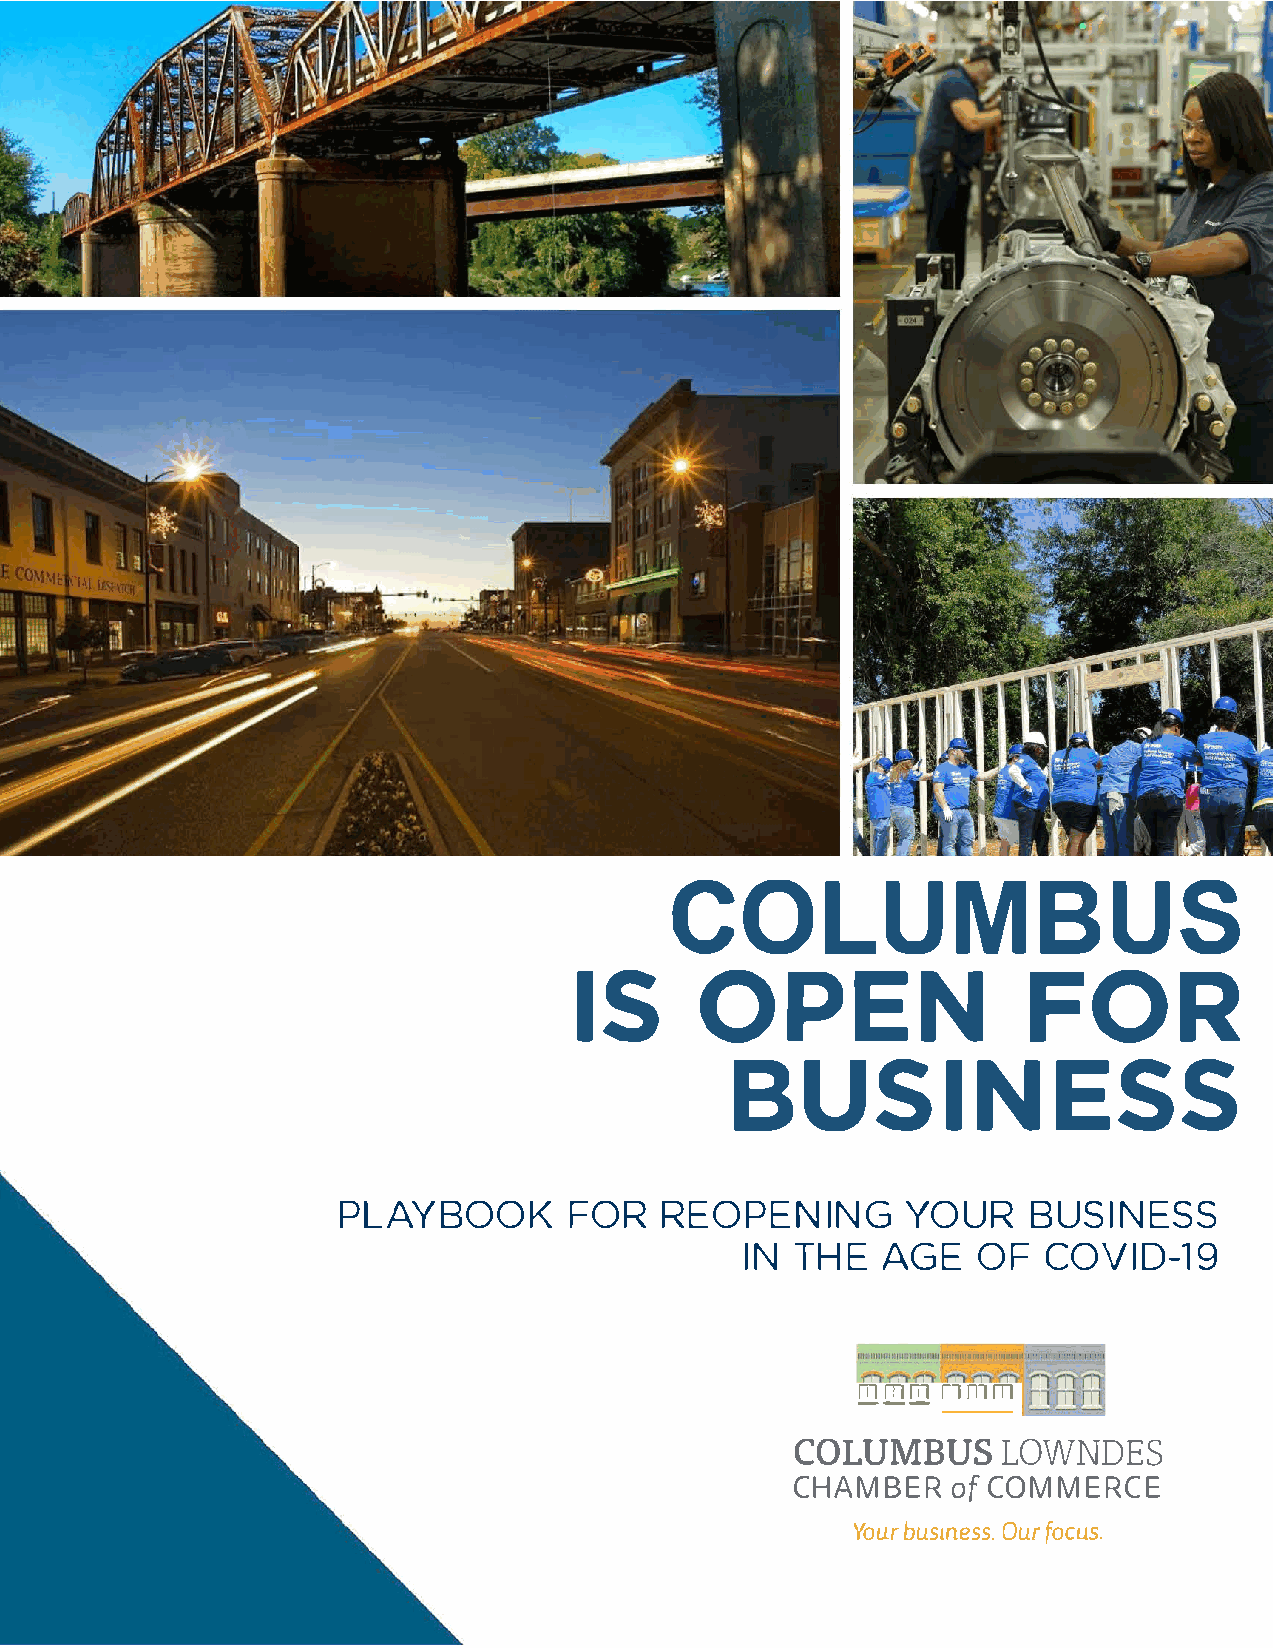
COLUMBUS
 ISO            PENF                  OR
 BUSINESS
 PLAYBOOKF         ORR   EOPENIYNOGU          RB  USINESS
 INT   HEA   GEO   FC   OVID-19
 rimm
 DJillill
 COLUMBUS
 LOWNDES
 CHAMBoEfCR     O  MMERCE
 Yobuurs inOeusfrs o.c us.